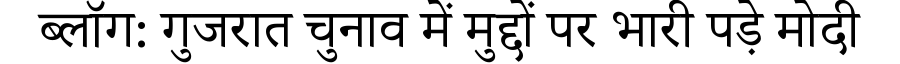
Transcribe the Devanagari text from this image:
ब्लॉग: गुजरात चुनाव में मुद्दों पर भारी पड़े मोदी